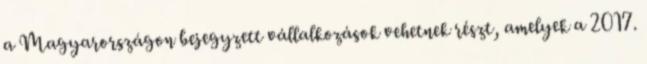
a Magyarországon bejegyzett vállalkozások vehetnek részt, amelyek a 2017.